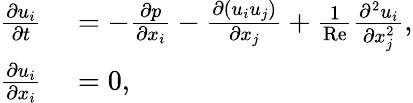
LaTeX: \begin{array}{rl}{\frac{\partial u_{i}}{\partial t}}&{{}=-\frac{\partial p}{\partial x_{i}}-\frac{\partial(u_{i}u_{j})}{\partial x_{j}}+\frac{1}{\mathrm{Re}}\frac{\partial^{2}u_{i}}{\partial x_{j}^{2}},}\\ {\frac{\partial u_{i}}{\partial x_{i}}}&{{}=0,}\end{array}